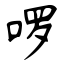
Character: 啰